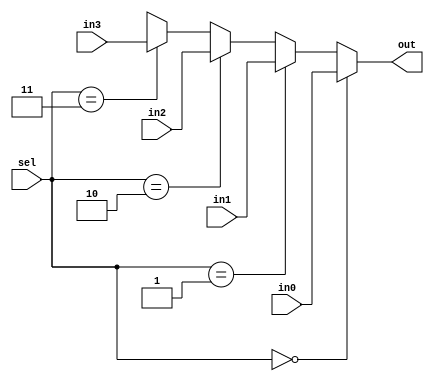
module mux_dataflow(out, in0, in1, in2, in3, sel); 
	input in0, in1, in2, in3; // 4input 
	input  [1:0] sel; // select 2bit (00, 01, 10, 11)
	output out; // out port
	wire out;
	
	assign out =
		(sel == 2'b00) ? in0 : // select 00  in0  
		(sel == 2'b01) ? in1 : // select 01  in1  
		(sel == 2'b10) ? in2 : // select 10  in2  
		(sel == 2'b11) ? in3 : 1'bx; // select 11  in3  
endmodule